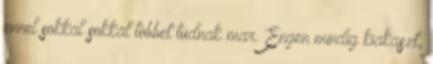
ennel sokkal sokkal tobbet tudnak mar. Engen mindig kiakaszt,